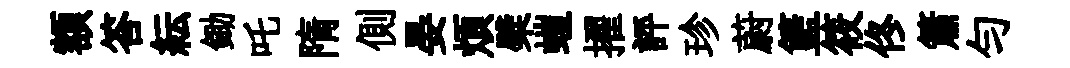
額答紜鋤吒隋側晏煩檗螘擢評珍蔚籃筱佟簫勻